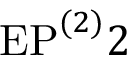
\mathrm { E P } ^ { ( 2 ) } 2